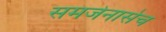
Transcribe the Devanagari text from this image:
समजेनासेच